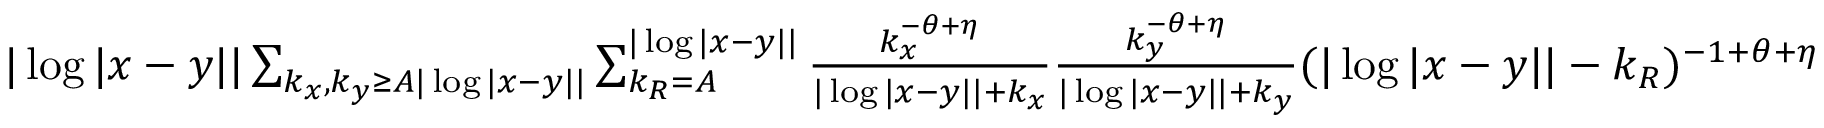
\begin{array} { r } { | \log | x - y | | \sum _ { k _ { x } , k _ { y } \geq A | \log | x - y | | } \sum _ { k _ { R } = A } ^ { | \log | x - y | | } \frac { k _ { x } ^ { - \theta + \eta } } { | \log | x - y | | + k _ { x } } \frac { k _ { y } ^ { - \theta + \eta } } { | \log | x - y | | + k _ { y } } ( | \log | x - y | | - k _ { R } ) ^ { - 1 + \theta + \eta } } \end{array}